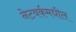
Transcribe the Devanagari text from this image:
नेटवर्कमधील